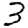
Digit: 3